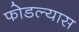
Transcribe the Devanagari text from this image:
फोडल्यास